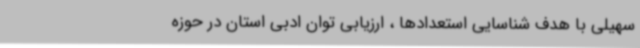
سهیلی با هدف شناسایی استعدادها ، ارزیابی توان ادبی استان در حوزه